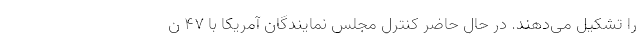
را تشکیل می‌دهند. در حال حاضر کنترل مجلس نمایندگان آمریکا با ۴۷ ن